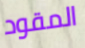
المقود